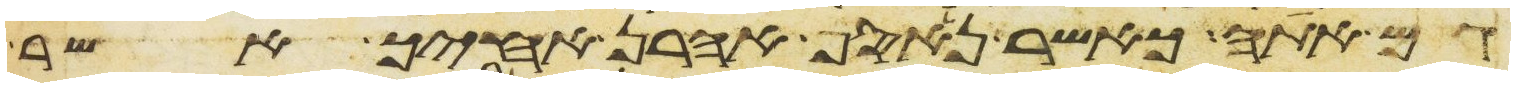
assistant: גם אתה כאשר נאסף אהרן אחיך אשר